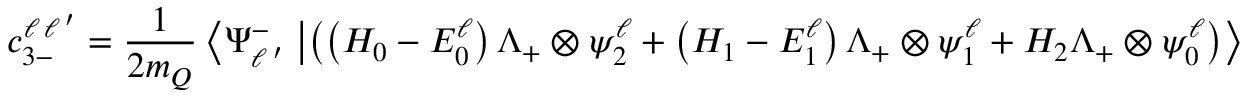
c _ { 3 - } ^ { \ell \, { \ell \, ^ { \prime } } } = { \frac { 1 } { 2 m _ { Q } } } \left< { \Psi _ { \ell \, ^ { \prime } } ^ { - } } \right. \left| \left( \left( H _ { 0 } - E _ { 0 } ^ { \ell } \right) \Lambda _ { + } \otimes \psi _ { 2 } ^ { \ell } + \left( H _ { 1 } - E _ { 1 } ^ { \ell } \right) \Lambda _ { + } \otimes \psi _ { 1 } ^ { \ell } + H _ { 2 } \Lambda _ { + } \otimes \psi _ { 0 } ^ { \ell } \right) \right> .